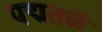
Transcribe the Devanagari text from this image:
पद्मतळें